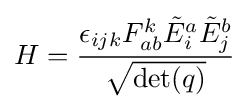
H={\epsilon _{ijk}F_{ab}^{k}{\tilde {E}}_{i}^{a}{\tilde {E}}_{j}^{b} \over {\sqrt {\det(q)}}}